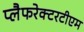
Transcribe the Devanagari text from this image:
प्लैफरेक्टरटीएम